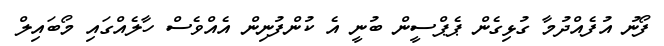
ފޯނު އުފެއްދުމާ ގުޅިގެން ޕެޕްސީން ބުނީ އެ ކުންފުނިން އެއްވެސް ހާލެއްގައި މޯބައިލް